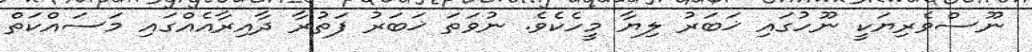
ނޫސްވެރިޔަކީ ނޫހުގައި ޚަބަރު ލިޔާ މީހެކެވެ. ނުވަތަ ޚަބަރު ފަތުރާ ދާއިރާއެއްގައި މަސައްކަތް